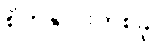
စိတ်နှလုံးတစ်ခု